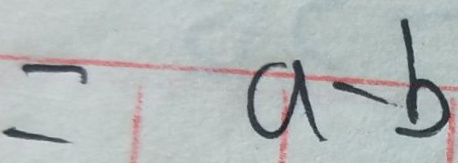
= a - b